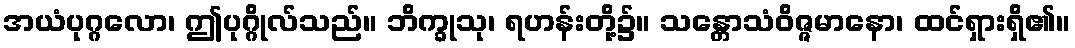
အယံပုဂ္ဂလော၊ ဤပုဂ္ဂိုလ်သည်။ ဘိက္ခုသု၊ ရဟန်းတို့၌။ သန္တောသံဝိဇ္ဇမာနော၊ ထင်ရှားရှိ၏။